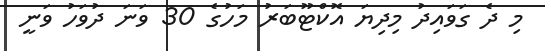
މި ދެ ގަވައިދު މިދިޔަ އޮކްޓޫބަރު މަހުގެ 30 ވަނަ ދުވަހު ވަނީ